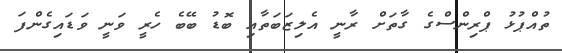
ތުއްޕުޅު ޕްރިންސްގެ ގާތަށް ރާނީ އެލިޒަބަތާއި ބޮޑު ބޭބެ ހެރީ ވަނީ ވަޑައިގެންފަ